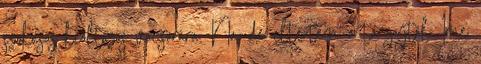
szokásos kiöltözős vacsorára. Na, de eltértem a tárgytól. Íme